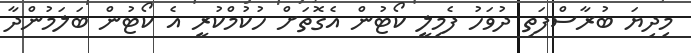
މިދިޔަ ބުރާސްފަތި ދުވަހު ފެމިލީ ކޯޓުން އެގޮތަށް ހުކުމްކުރީ އެ ކޯޓުން ބަލަމުންދާ